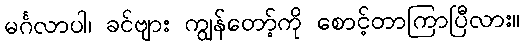
မင်္ဂလာပါ၊ ခင်ဗျား ကျွန်တော့်ကို စောင့်တာကြာပြီလား။